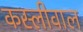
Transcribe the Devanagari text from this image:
कस्लीवाल